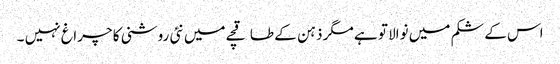
اس کے شکم میں نوالا تو ہے مگر ذہن کے طاقچے میں نئی روشنی کا چراغ نہیں ۔